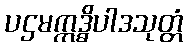
ပဌမဣဒ္ဓိပါဒသုတ္တံ